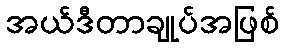
အယ်ဒီတာချုပ်အဖြစ်